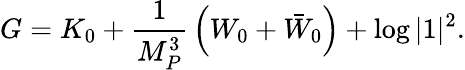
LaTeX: G=K_{0}+{\frac{1}{M_{P}^{3}}}\left(W_{0}+\bar{W}_{0}\right)+\log|1|^{2}.